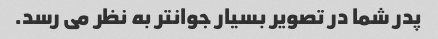
پدر شما در تصویر بسیار جوانتر به نظر می رسد.